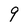
Character: 9